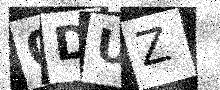
Text: 0DUZ